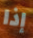
إذا